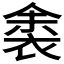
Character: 𬡛